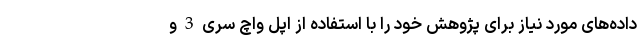
داده‌های مورد نیاز برای پژوهش خود را با استفاده از اپل واچ سری 3 و